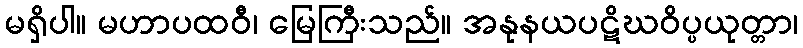
မရှိပါ။ မဟာပထဝီ၊ မြေကြီးသည်။ အနုနယပဋိဃဝိပ္ပယုတ္တာ၊